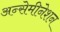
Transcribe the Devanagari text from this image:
अन्सेमीनेशन